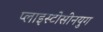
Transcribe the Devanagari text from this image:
प्लाइस्टोसीनयुग